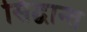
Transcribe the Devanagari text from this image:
सिद्घान्त